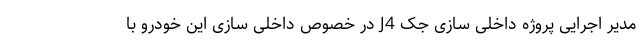
مدیر اجرایی پروژه داخلی سازی جک J4 در خصوص داخلی سازی این خودرو با